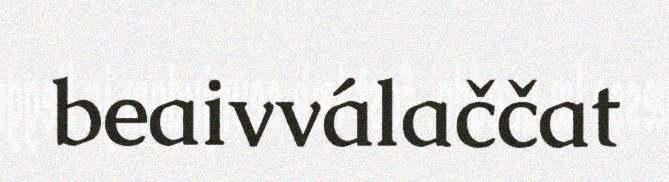
beaivválaččat